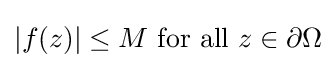
|f(z)|\leq M\ {\text{for all}}\ z\in \partial \Omega